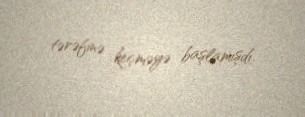
tərəfinə keçməyə başlamışdı.